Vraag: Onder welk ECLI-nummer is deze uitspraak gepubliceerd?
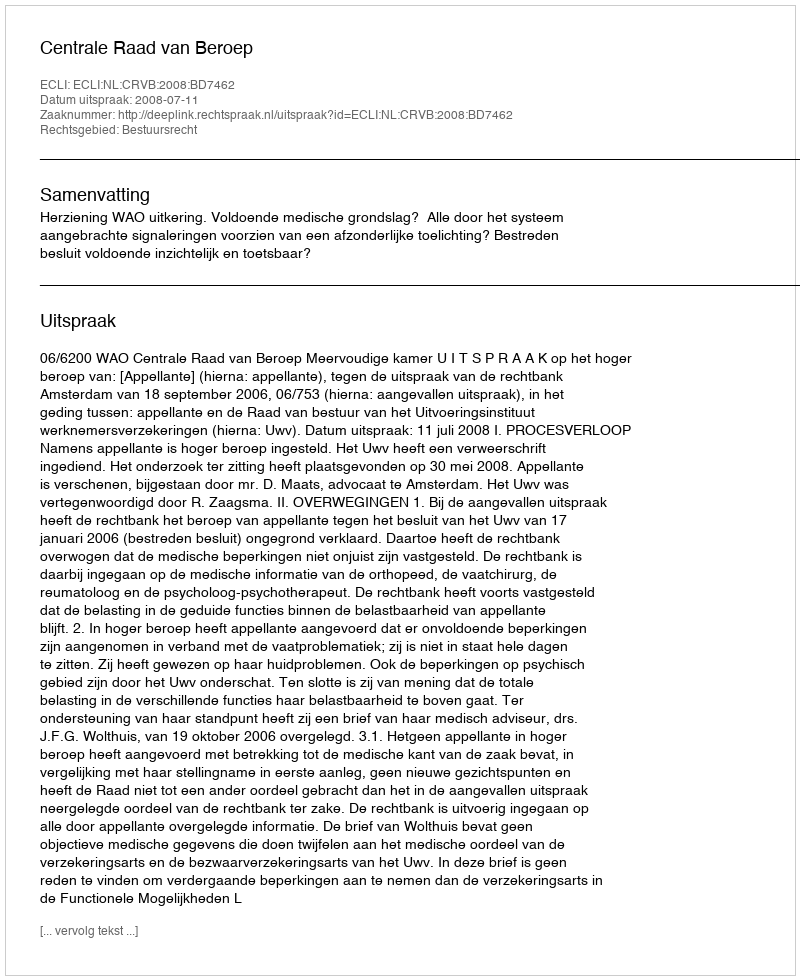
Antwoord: ECLI:NL:CRVB:2008:BD7462